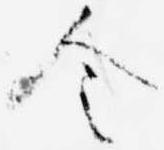
令